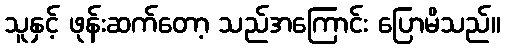
သူနှင့် ဖုန်းဆက်တော့ သည်အကြောင်း ပြောမိသည်။